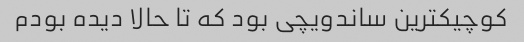
کوچیکترین ساندویچی بود که تا حالا دیده بودم